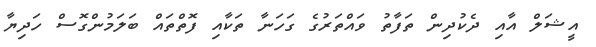
އީޝަލް އާއި ދެކުދިން ތަފާތު ވައްތަރުގެ ގަހަނާ ތަކާއި ފޮތްތައް ބަލަމުންގޮސް ހަދިޔާ